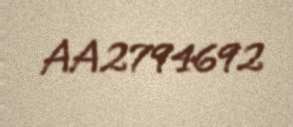
AA2794692